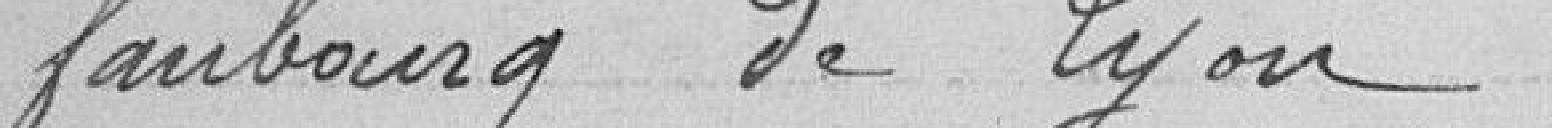
faubourg de Lyon